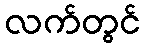
လက်တွင်